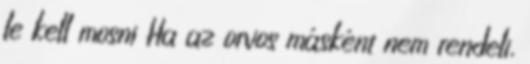
le kell mosni Ha az orvos másként nem rendeli,